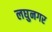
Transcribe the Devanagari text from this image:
लघुनगर